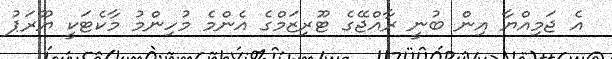
އެ ޖަމިއްޔާ އިން ބުނީ ރާއްޖޭގެ ޓޫރިޒަމްގެ އެންމެ މުހިންމު މާކެޓަކީ ޔޫރަޕު